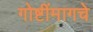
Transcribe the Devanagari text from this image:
गोष्टींमागचे